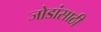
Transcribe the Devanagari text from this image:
जोडांसाठी